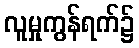
လူမှုကွန်ရက်၌